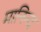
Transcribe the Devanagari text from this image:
मानिन्द